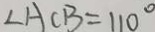
\angle A C B = 1 1 0 ^ { \circ }